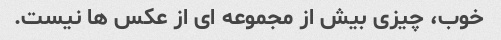
خوب، چیزی بیش از مجموعه ای از عکس ها نیست.